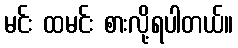
မင်း ထမင်း စားလို့ရပါတယ်။